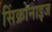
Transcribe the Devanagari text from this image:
सिंक्रोनाइज